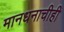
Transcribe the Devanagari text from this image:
मानधनाचीही